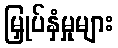
မြှုပ်နှံမှုများ